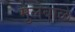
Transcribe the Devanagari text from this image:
मुलेबाळे